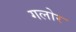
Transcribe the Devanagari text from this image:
गलोर